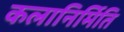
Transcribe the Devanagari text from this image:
कलानिर्मिति